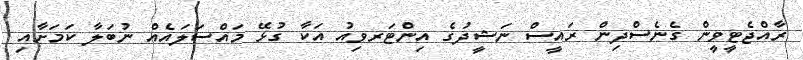
ރާއްޖެޓީވީން ގެނެސްދިން ރައީސް ނަޝީދުގެ އިންޓަރވިއު އަކާ ގުޅޭ މައްސަލައެއް ނުބަލާ ކަމަށާއި